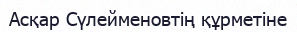
Асқар Сүлейменовтің құрметіне